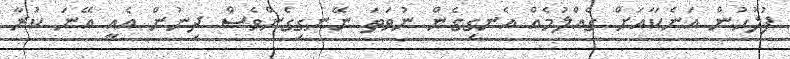
ފުލުހުން އަނެކާއަށް ގެއްލުމެއް އެނގިގެން ނުވަތަ ނޭނގިގެންވެސް ދިނުން އެއީ އޭނަ ކުރާ